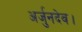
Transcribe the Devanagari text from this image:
अर्जुनदेव।